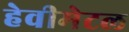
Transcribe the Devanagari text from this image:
हेवीमेटल